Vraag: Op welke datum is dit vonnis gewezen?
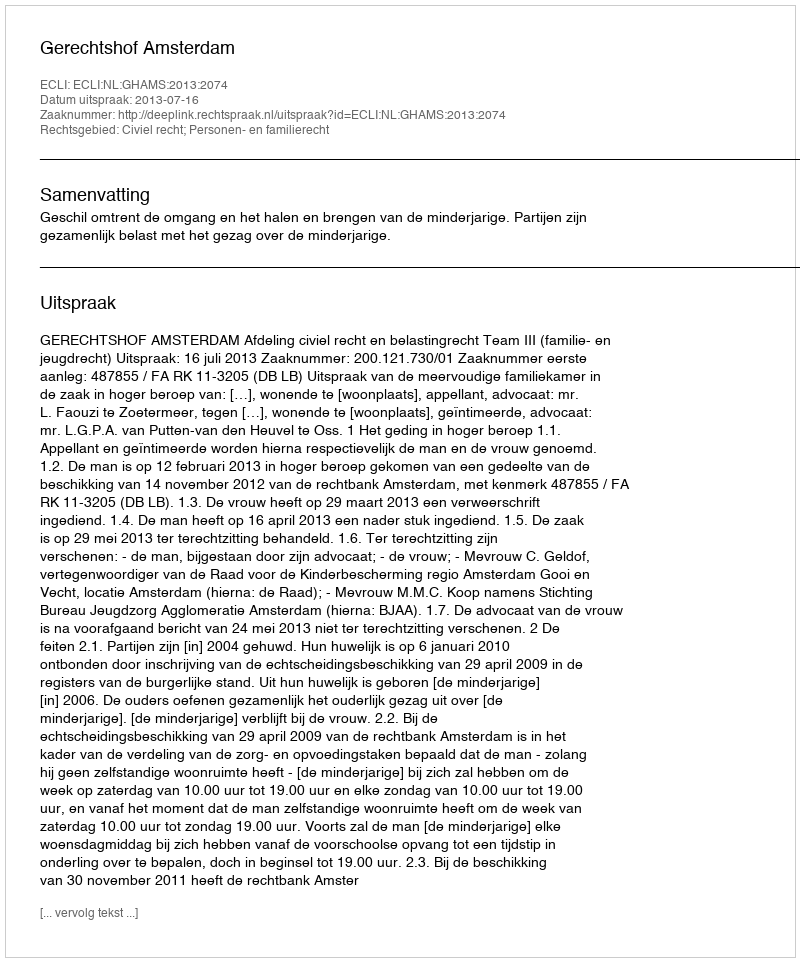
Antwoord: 2013-07-16